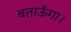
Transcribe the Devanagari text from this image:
बताऊँगा।